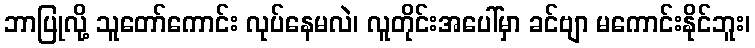
ဘာပြုလို့ သူတော်ကောင်း လုပ်နေမလဲ၊ လူတိုင်းအပေါ်မှာ ခင်ဗျာ မကောင်းနိုင်ဘူး၊